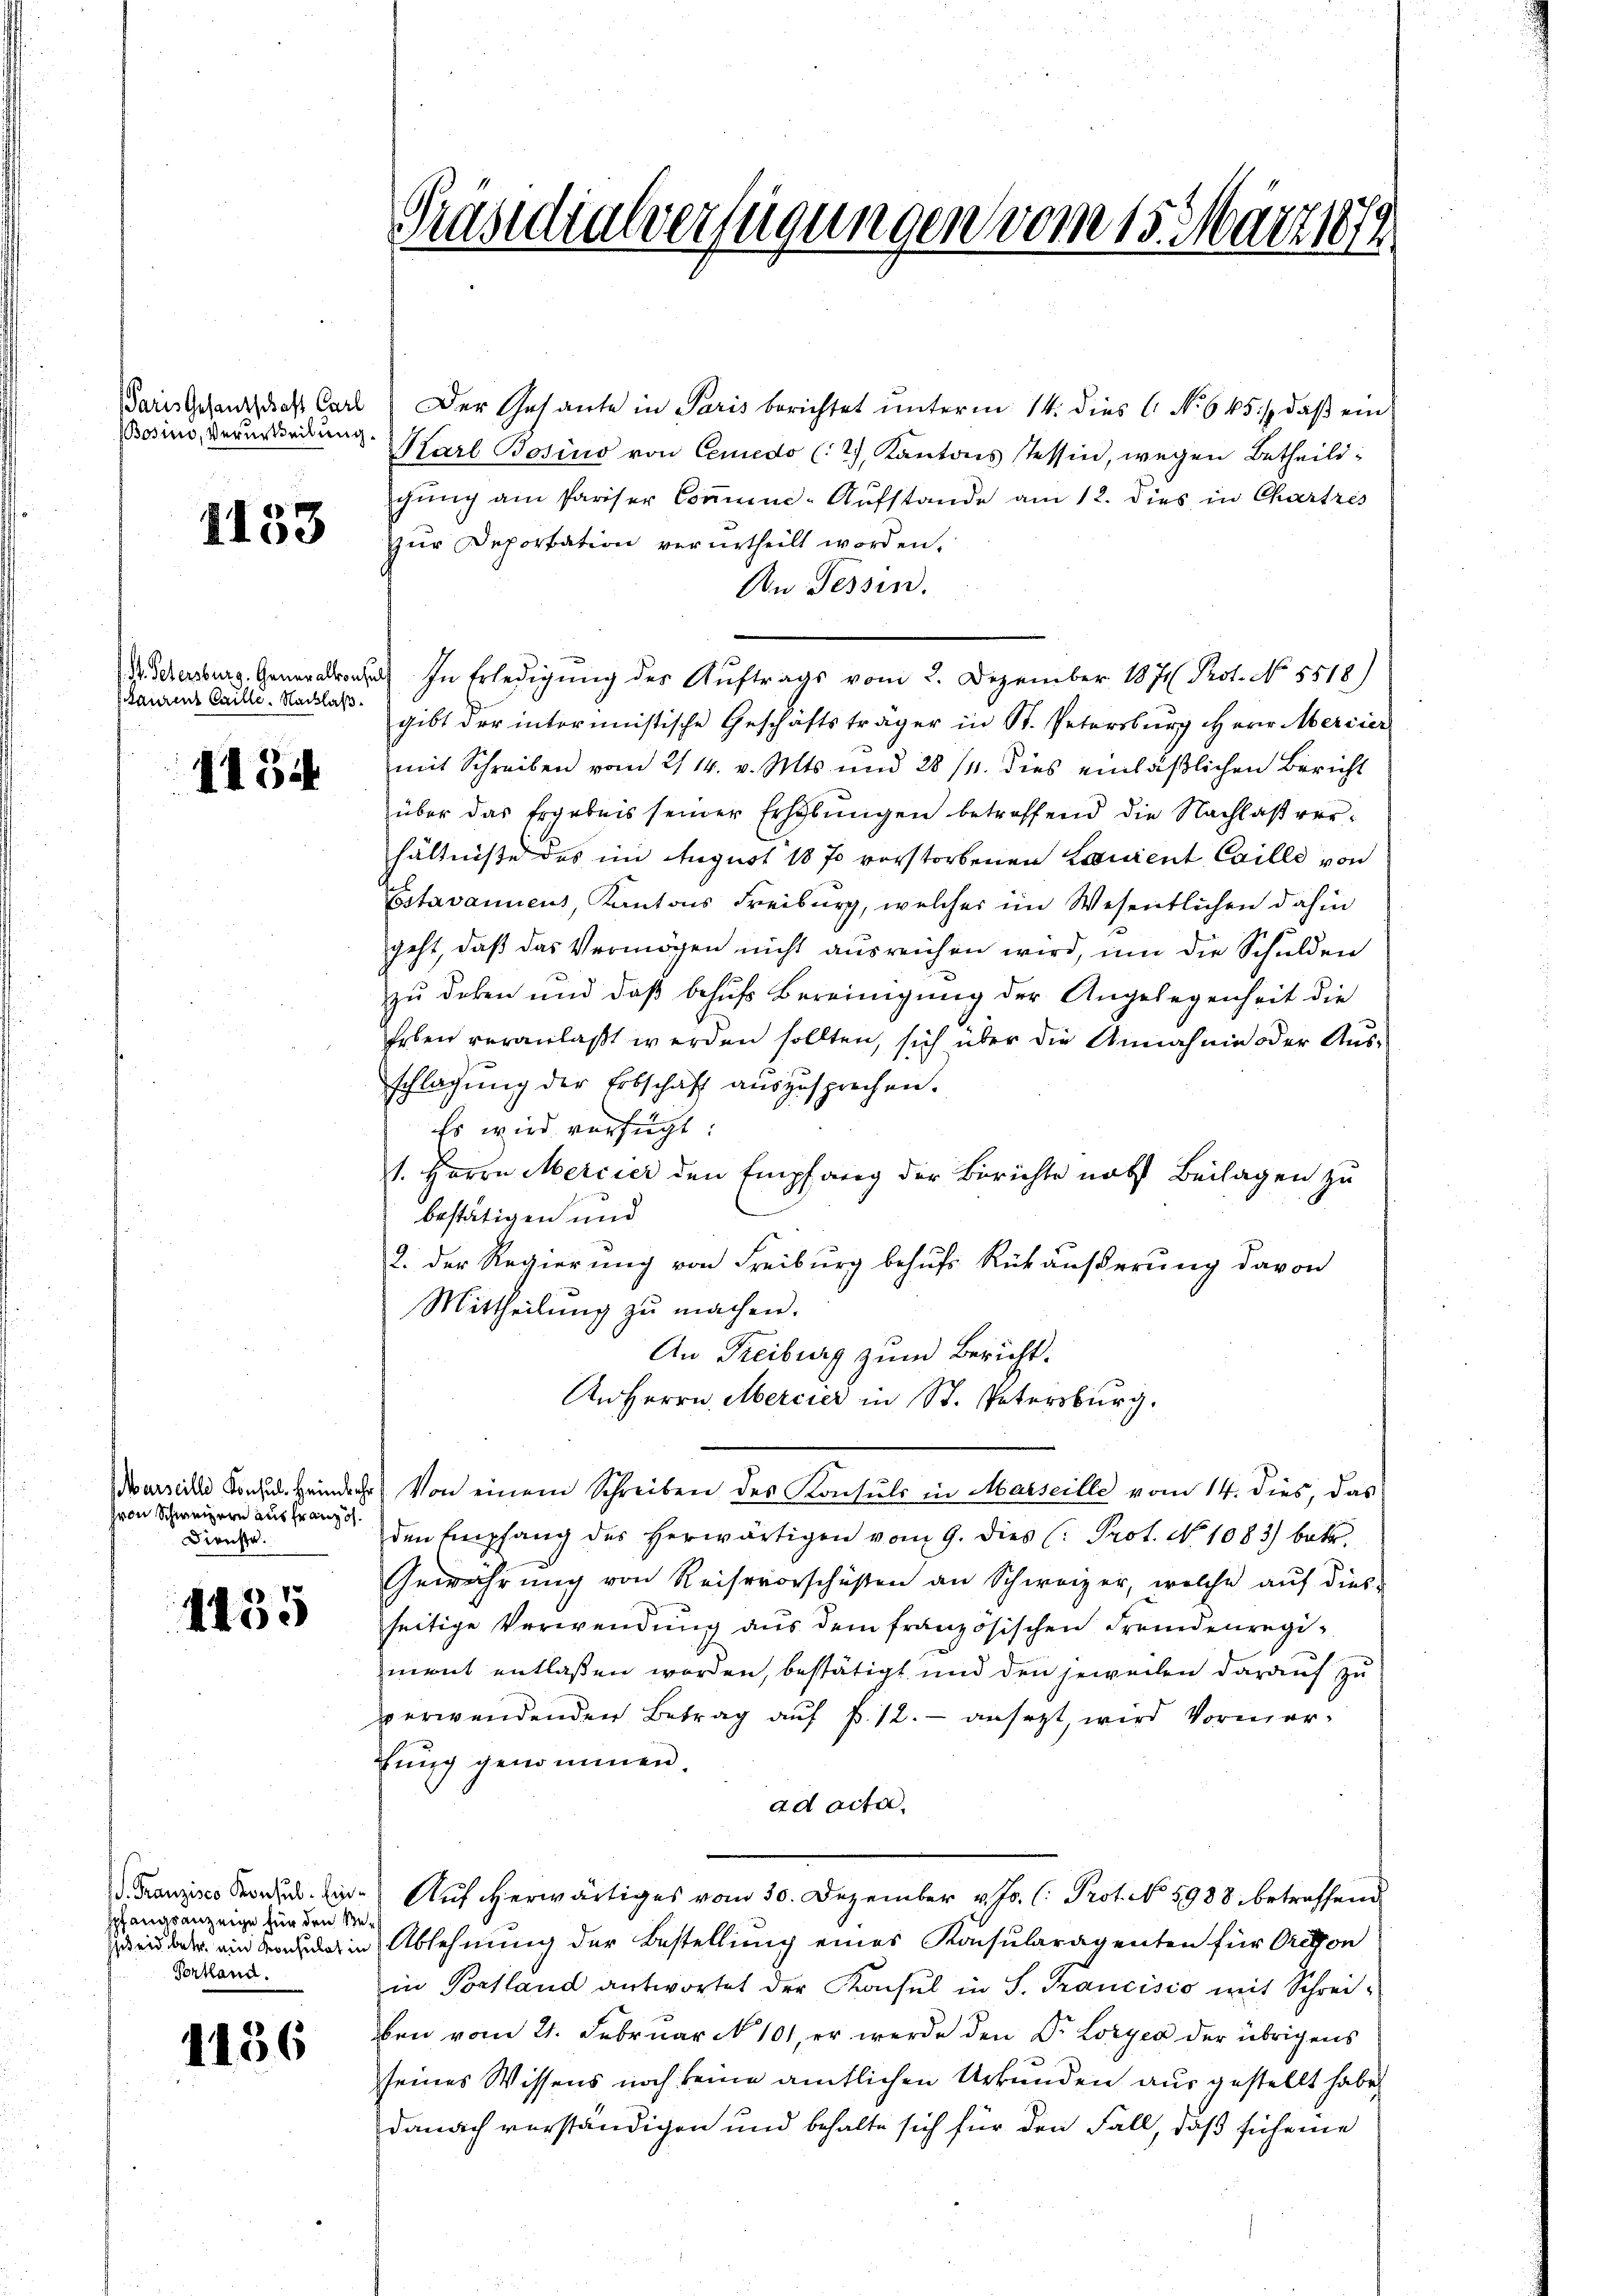
Paris Gesantschaft Carl
Bosino, Verurtheilung.

1153

1. M. Petersburg. Generalkonsu
staurent Caille. Nachlaß.

1154

Marseille Konsul Heindehr
hron Schweizern aus französ.
Dienste.

1435

. Franzisco Konsub. Einpfangsanzeige für den Beseid betr. ein Konsulat in
Portland.

1156

Präsidialverfügungen vom 15. März 1879

Der Getante in Paris berichtet unterm 14. dies C. No 645./, daß ein
Karl Bosino von Cemedo (2) Kantons Tessin, wegen Betheilichung am Pariser Communi-Aufstande am 12. dies in Chartres
zur Deportation verurtheilt worden.
An Tessin.
In Erledigung des Auftrags vom 2. Dezember 1871 Prot. No. 5518)
gibt der intermistische Geschäftsträger in St. Petersburg Herr Mercier
mit Schreiben vom 2114. v. Mts. und 28/4. dies einläßlichen Bericht
über das Ergebnis seiner Erhöhŭngen betreffend die Nachlaβ ver-
hältniße des im August 1870 vorstorbenen Louient Caille von
Estavannens Kantons Freiburg, welches im Wesentlichen dahin
geht, daß das Vermögen nicht ausreichen wird, um die Schulden
zu deken und daß behufs Bereinigung der Angelegenheit die
Erben veranlaßt werden sollten, sich über die Annahme oder Ausschlagung der Erbschaft auszusprechen.
Es wird verfügt:
1. Herrn Mercier den Empfang der Berichte nach Beilagen zu
bestätigen und
2. Der Regierung von Freiburg behufs Rückäußerung davon
Mittheilung zu machen.
An Freiburg zum Bericht.
An Herrn Mercier in St. Petersburg.
Von einem Schreiben des Konsuls in Marseille vom 14. dies, das
den Empfang des herwärtigen vom 9. dies (: Prof. No 1083) betr.
Gewährung von Keisevorschüßen an Schweizer, welche auf dies-
seitige Verwendung aus dem französischen Fremdenregiment entlassen worden, bestätigt und den jeweilen darauf zu
verwendenden Betrag auf §. 12. - ansezt, wird Vormertung genommen
ad acta.
Auf erwärtiges vom 30. Dezember v. Js. (: Prot. No 5988. betreffend
Ablehnung der Bestellung eines Konsularagenten für Orcton
in Portland antwortet der Konsul in S. Trancisco mit Schreiben vom 21. Februar N 101, er werde den Dr. Loryen der übrigens
seines Wissens noch keine amtlichen Urkunden aus gestellt habe,
danach verständigen und behalte sich für den Fall, daß führe